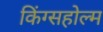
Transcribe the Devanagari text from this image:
किंग्सहोल्म